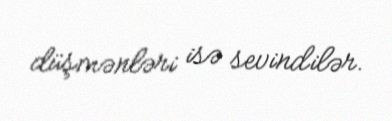
düşmənləri isə sevindilər.